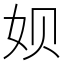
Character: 𫝦